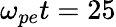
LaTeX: \omega_{pe}t=25